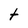
Character: t